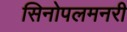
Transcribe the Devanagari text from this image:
सिनोपलमनरी